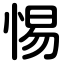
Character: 惕